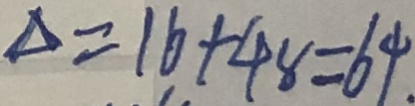
\Delta = 1 6 + 4 8 = 6 4